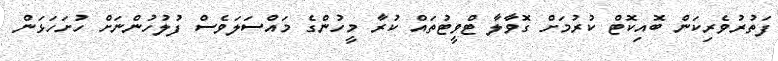
ފަތުރުވެރިކަން ބޮއިކޮޓް ކުރުމަށް ގޮވާލާ ޓްވީޓުތައް ކުރާ މީހުންގެ މައްސަލަވެސް ފުލުހުންނަށް ހުށަހަޅަން